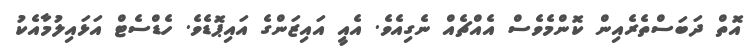
އޮތް ދަބަސްތެރެއިން ކޮންމެވެސް އެއްޗެއް ނެގިއެވެ. އެއީ އައިޒަންގެ އައިޕޮޑެވެ. ހެޑްސެޓް އަޅައިލުމާއެކު